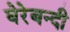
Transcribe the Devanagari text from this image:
घेरेबन्दी